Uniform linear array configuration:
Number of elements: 12
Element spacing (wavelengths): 1
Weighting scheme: blackman
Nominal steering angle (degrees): -45
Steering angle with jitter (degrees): -46.419
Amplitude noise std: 0.05
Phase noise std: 0.05

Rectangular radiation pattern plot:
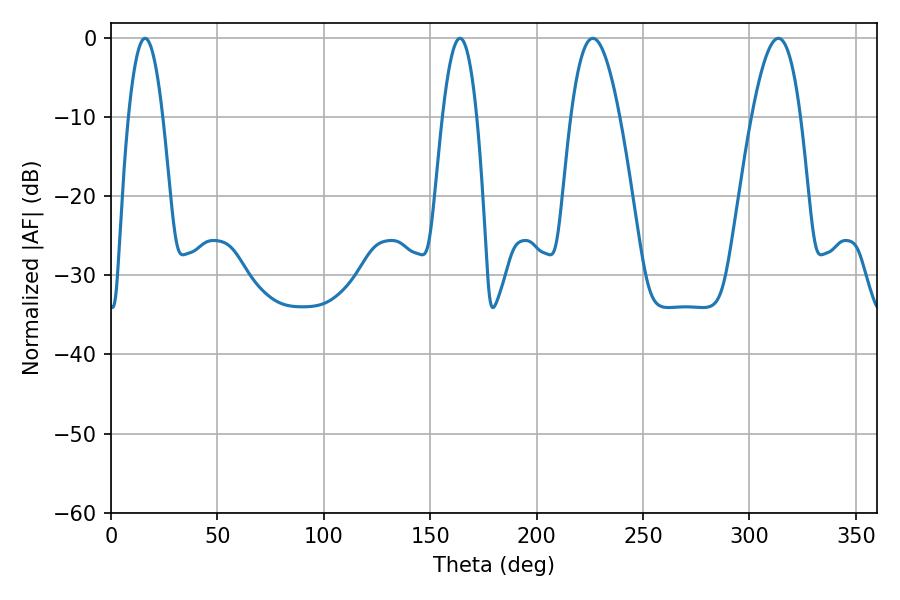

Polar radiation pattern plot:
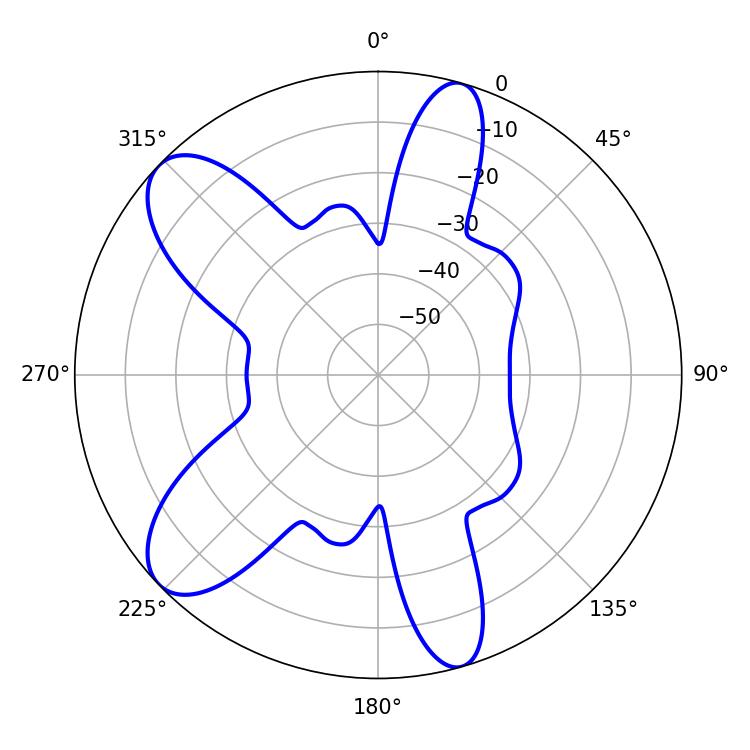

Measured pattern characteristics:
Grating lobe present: TRUE
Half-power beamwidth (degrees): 8.82
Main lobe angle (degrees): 16.02